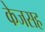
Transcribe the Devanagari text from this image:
केजसह